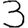
Digit: 3